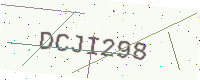
Text: DCJI298